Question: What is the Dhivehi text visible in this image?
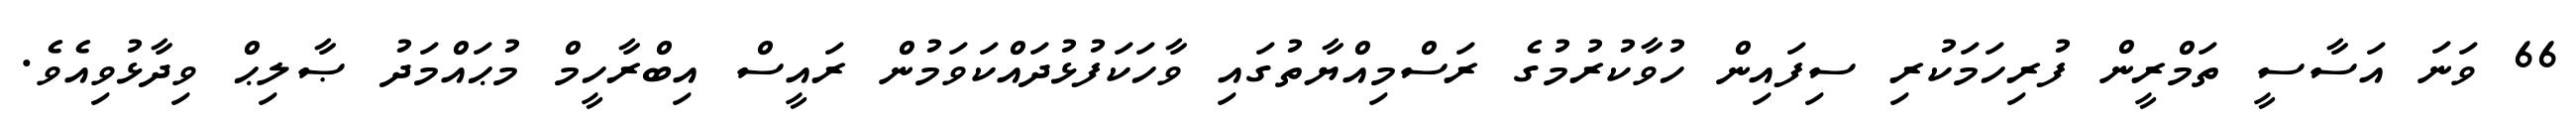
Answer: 66 ވަނަ އަސާސީ ތަމްރީން ފުރިހަމަކުރި ސިފައިން ހުވާކުރުމުގެ ރަސްމިއްޔާތުގައި ވާހަކަފުޅުދައްކަވަމުން ރައީސް އިބްރާހީމް މުޙައްމަދު ޞާލިޙް ވިދާޅުވިއެވެ.